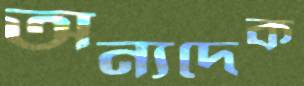
অন্যদেক